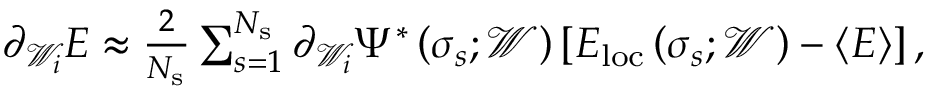
\begin{array} { r } { \partial _ { \mathcal { W } _ { i } } E \approx \frac { 2 } { N _ { \mathrm { s } } } \sum _ { s = 1 } ^ { N _ { \mathrm { s } } } \partial _ { \mathcal { W } _ { i } } \Psi ^ { * } \left( \boldsymbol { \sigma } _ { s } ; \mathcal { W } \right) \left[ E _ { \mathrm { l o c } } \left( \boldsymbol { \sigma } _ { s } ; \mathcal { W } \right) - \langle E \rangle \right] , } \end{array}